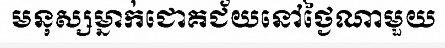
មនុស្សម្នាក់ជោគជ័យនៅថ្ងៃណាមួយ